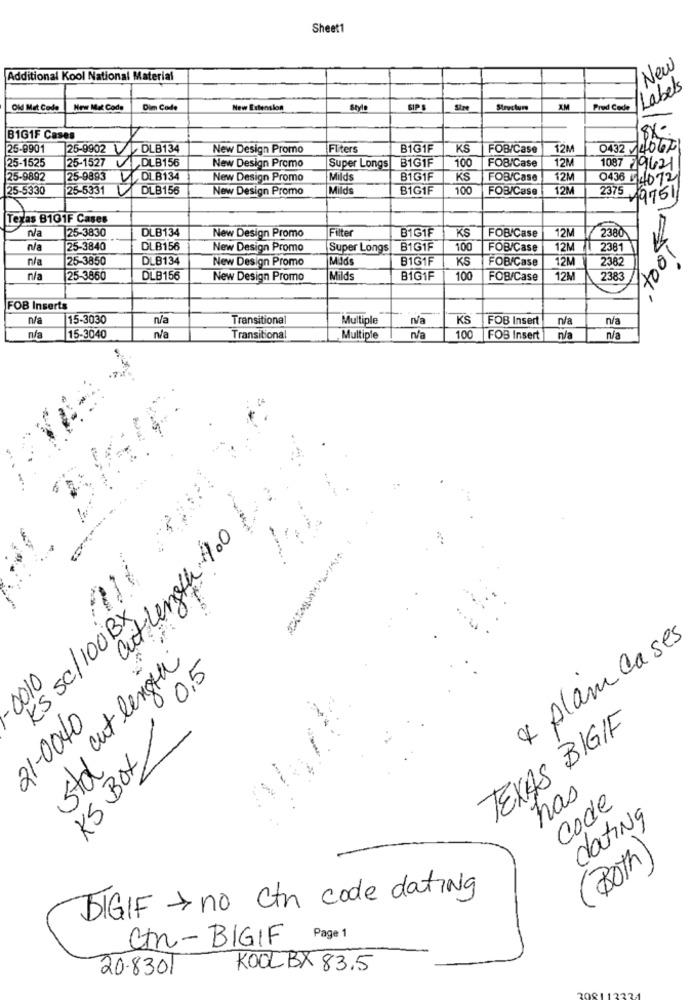
Sheet1
New
Additional Kool National Material
/Labels
Old Mat Codo
New Mat Code
Dim Code
New Extension
Style
SIP S
Structure
XM
Pred Code
B1G1F Cases
25-9901
25-9902 V DLB 134
New Design Promo
Flters
B1G1F
KS
FOB/Case
12M
0432 14062
25-1525
25-1527
,DUB156
New Design Promo
B1G1F
100
FOB/Case
12M
Super Longs
1087 79421
25-9892
25-9893
OLB134
New Design Promo
Mild's
81G1F
KS
FOB/Case
12M
0436 4072
25-5330
25-5331
DLB156
New Design Promo
Milds
B1G1F
100
FOB/Case
12M
237519751
Texas B101F Cases
n/a
25-3830
DLB134
Filter
B1G1F
KS
12M
New Design Promo
FOBICase
2380
n/a
25-3840
DLB156
New Design Promo
Super Longs
B1G1F
100
FOB/Case
12N
2381
n/a
25-3850
DLB134
New Design Promo
MJds
BIG1F
KS
FOB/Case
12M
2382
n/a
25-3860
DLB156
New Design Promo
Milds
BIG1F
100
FOB/Case
12M
2383
FOB Inserts
n/a
15-3030
n/a
Transitional
Multiple
na
KS FOB Insert
n/a
n/a
n/a
15-3040
n/a
Transitional
Multiple
n/a
100
FOB Insert
n/a
n/a
aut length 4.0
KS sc/100BX
4 Alam cases
Sto cut length
0,5
0010
21-0040
KS BOX
TEXAS BIGIF
has
code
dating
(Both)
DIGIF > no ctn code dating
Ct-BIGIF Page 1
20.8301
KOOLBX 83.5